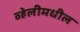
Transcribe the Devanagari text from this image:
व्हेलीमधील